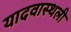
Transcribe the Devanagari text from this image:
यादवास्थली